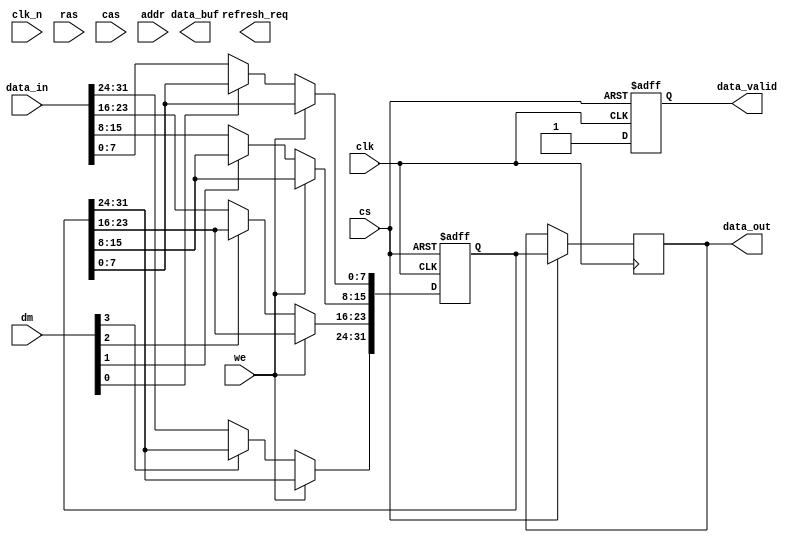
module ddr_sdram_io (
    input wire clk,               // Clock input
    input wire clk_n,             // Inverted clock input for DDR
    input wire cs,                // Chip Select
    input wire ras,               // Row Address Strobe
    input wire cas,               // Column Address Strobe
    input wire we,                // Write Enable
    input wire [31:0] addr,       // Address input
    input wire [31:0] data_in,    // Data input
    input wire [3:0] dm,          // Data Mask inputs
    output reg [31:0] data_out,   // Data output
    output reg data_valid,         // Data valid signal
    output reg refresh_req,        // Refresh request signal
    output reg [31:0] data_buf     // Internal data buffer
);

// Internal signals
reg [31:0] data_buffer_rise;     // Buffer for rising edge
reg [31:0] data_buffer_fall;     // Buffer for falling edge

// Data I/O Buffering
always @(posedge clk or negedge cs) begin
    if (!cs) begin
        // Reset data buffer on chip select low
        data_buffer_rise <= 32'b0;
        data_buffer_fall <= 32'b0;
        data_valid <= 1'b0;
    end else begin
        // Latch data on rising edge of clock
        if (!we) begin // Write operation
            if (!dm[0]) data_buffer_rise[7:0] <= data_in[7:0];
            if (!dm[1]) data_buffer_rise[15:8] <= data_in[15:8];
            if (!dm[2]) data_buffer_rise[23:16] <= data_in[23:16];
            if (!dm[3]) data_buffer_rise[31:24] <= data_in[31:24];
        end
        // Read operation
        data_out <= data_buffer_rise;
        data_valid <= 1'b1;
    end
end

// Data transfer on falling edge of clock
always @(negedge clk_n) begin
    if (!cs) begin
        data_buffer_fall <= 32'b0;
    end else begin
        // Latch data on falling edge of clock
        if (!we) begin // Write operation
            if (!dm[0]) data_buffer_fall[7:0] <= data_in[7:0];
            if (!dm[1]) data_buffer_fall[15:8] <= data_in[15:8];
            if (!dm[2]) data_buffer_fall[23:16] <= data_in[23:16];
            if (!dm[3]) data_buffer_fall[31:24] <= data_in[31:24];
        end
    end
end

// Address Latching Mechanism
reg [31:0] addr_latch;
always @(posedge clk) begin
    if (ras) begin
        addr_latch <= addr; // Latch address on RAS
    end
end

// Refresh Mechanism
always @(posedge clk) begin
    if (refresh_req) begin
        // Logic to handle refresh operation
        // This is a placeholder for actual refresh logic
    end
end

// Power Management (Low Power Modes)
reg low_power_mode;
always @(posedge clk) begin
    if (low_power_mode) begin
        // Logic to handle low power state
    end
end

endmodule